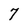
Character: 7